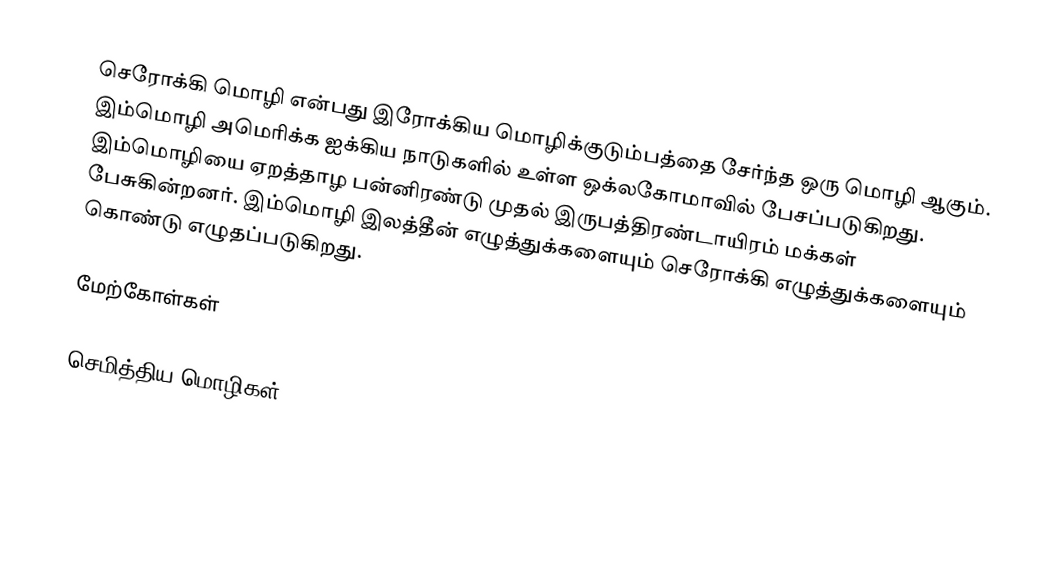
செரோக்கி மொழி என்பது இரோக்கிய மொழிக்குடும்பத்தை சேர்ந்த ஒரு மொழி ஆகும். இம்மொழி அமெரிக்க ஐக்கிய நாடுகளில் உள்ள ஒக்லகோமாவில் பேசப்படுகிறது. இம்மொழியை ஏறத்தாழ பன்னிரண்டு முதல் இருபத்திரண்டாயிரம் மக்கள் பேசுகின்றனர். இம்மொழி இலத்தீன் எழுத்துக்களையும் செரோக்கி எழுத்துக்களையும் கொண்டு எழுதப்படுகிறது.

மேற்கோள்கள்

செமித்திய மொழிகள்